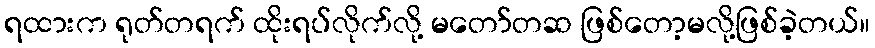
ရထားက ရုတ်တရက် ထိုးရပ်လိုက်လို့ မတော်တဆ ဖြစ်တော့မလို့ဖြစ်ခဲ့တယ်။